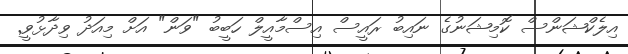
އިލެކްޝަންސް ކޮމިޝަނުގެ ނައިބު ރައީސް އިސްމާއީލް ހަބީބު "ވަން" އަށް މިއަދު ވިދާޅުވީ